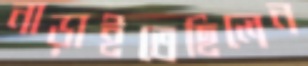
নাড়াইতেছিলেন